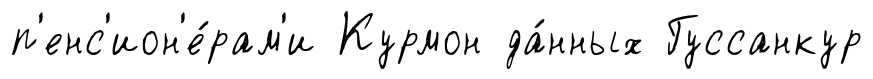
п'енс'ион'е́рам'и Курмон да́нных Гуссанкур